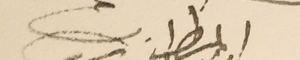
المطران